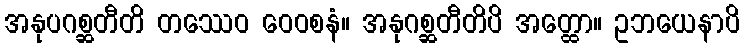
အနုပဂစ္ဆတီတိ တဿေဝ ဝေဝစနံ။ အနုဂစ္ဆတီတိပိ အတ္ထော။ ဥဘယေနာပိ